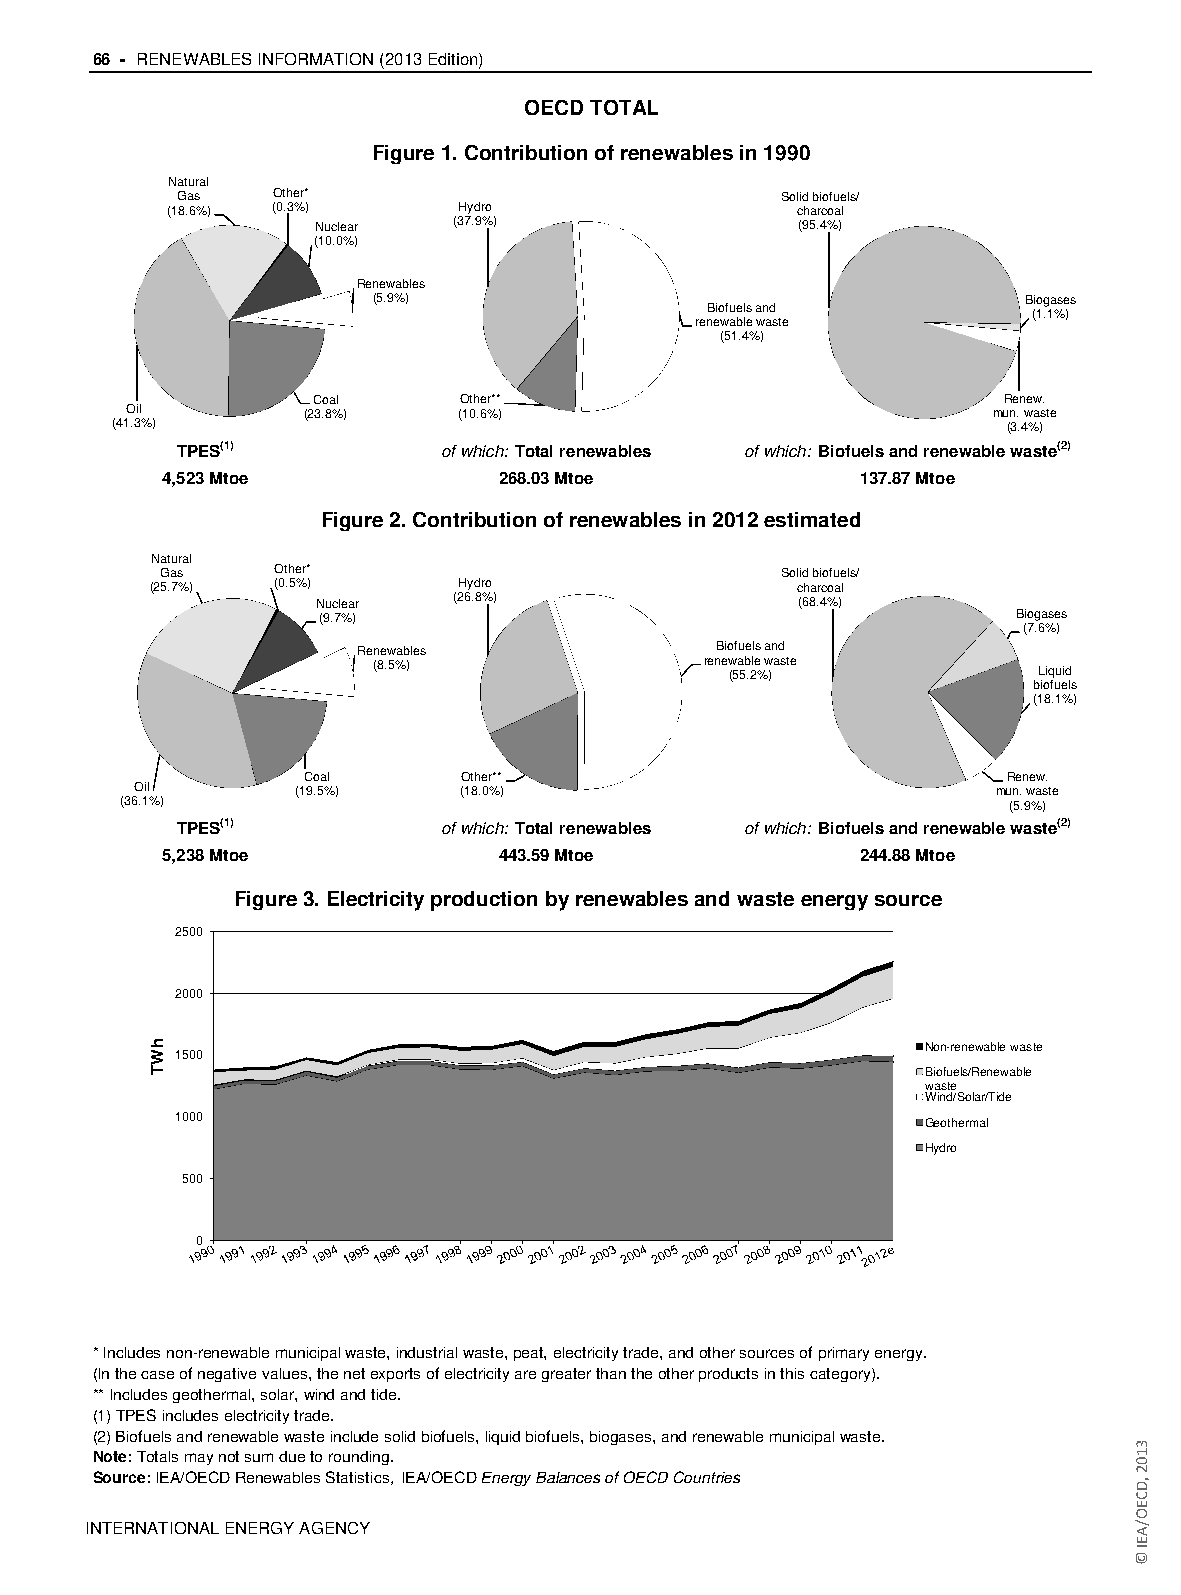
66 - RENEWABLES INFORMATION (2013 Edition)
 OECD TOTAL
 Figure 1. Contribution of renewables in 1990
 Natural
 Gas   Other*                            Solid biofuels/
 (18.6%) (0.3%)     Hydro                  charcoal
 Nuclear  (37.9%)                (95.4%)
 (10.0%)
 Renewables
 (5.9%)                                     Biogases
 Biofuels and
 (1.1%)
 renewable waste
 (51.4%)
 Coal     Other**                             Renew.
 Oil         (23.8%)   (10.6%)                             mun. waste
 (41.3%)                                                     (3.4%)
 TPES(1)          of which: Total renewables of which: Biofuels and renewable waste(2)
 4,523 Mtoe            268.03 Mtoe             137.87 Mtoe
 Figure 2. Contribution of renewables in 2012 estimated
 Natural
 Gas    Other*                            Solid biofuels/
 (25.7%) (0.5%)      Hydro                  charcoal
 Nuclear  (26.8%)                (68.4%)
 (9.7%)                                        Biogases
 (7.6%)
 Renewables             Biofuels and
 (8.5%)               rene (w 5a 5b .2le % w )aste Liquid
 biofuels
 (18.1%)
 Coal      Other**                              Renew.
 Oil       (19.5%)    (18.0%)                             mun. waste
 (36.1%)                                                    (5.9%)
 TPES(1)          of which: Total renewables of which: Biofuels and renewable waste(2)
 5,238 Mtoe            443.59 Mtoe             244.88 Mtoe
 Figure 3. Electricity production by renewables and waste energy source
 2500
 2000
 Non-renewable waste
 1500
 Biofuels/Renewable
 waste
 Wind/Solar/Tide
 1000                                              Geothermal
 Hydro
 500
 0
 * Includes non-renewable municipal waste, industrial waste, peat, electricity trade, and other sources of primary energy.
 (In the case of negative values, the net exports of electricity are greater than the other products in this category).
 ** Includes geothermal, solar, wind and tide.
 (1) TPES includes electricity trade.
 (2) Biofuels and renewable waste include solid biofuels, liquid biofuels, biogases, and renewable municipal waste.
 Note: Totals may not sum due to rounding.
 Source: IEA/OECD Renewables Statistics, IEA/OECD Energy Balances of OECD Countries
 IINNTTEERRNNAATTIIOONNAALL EENNEERRGGYY AAGGEENNCCYY
 hWT
 3102
 ,DCEO/AEI
 ©